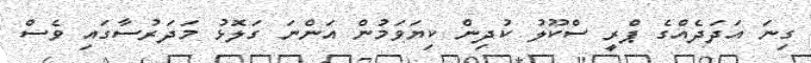
ގިނަ އަދަދެއްގެ ޕްރީ ސްކޫލު ކުދިން ކިޔަވަމުން އަންނަ ގަލޮޅު މަދަރުސާގައި ވެސް